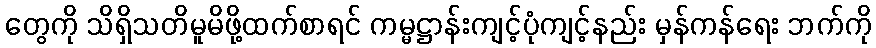
တွေကို သိရှိသတိမူမိဖို့ထက်စာရင် ကမ္မဋ္ဌာန်းကျင့်ပုံကျင့်နည်း မှန်ကန်ရေး ဘက်ကို